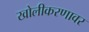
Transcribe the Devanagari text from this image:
खोलीकरणावर